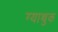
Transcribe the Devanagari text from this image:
ग्याथुक